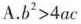
A.b^{2}>4ac